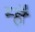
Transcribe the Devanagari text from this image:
म्है